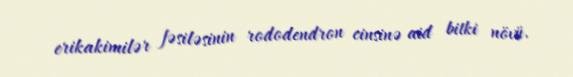
erikakimilər fəsiləsinin rododendron cinsinə aid bitki növü.